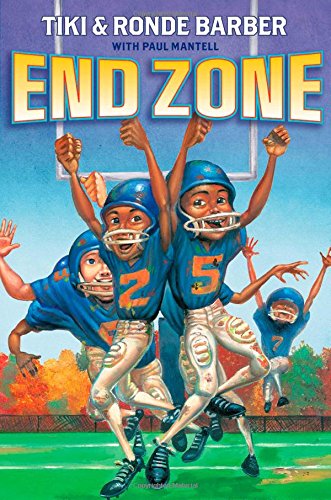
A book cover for End Zone (Barber Game Time Books); Tiki Barber; Children's Books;